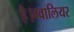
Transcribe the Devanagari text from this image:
है।ग्वालियर